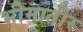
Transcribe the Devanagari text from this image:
भीमातीर